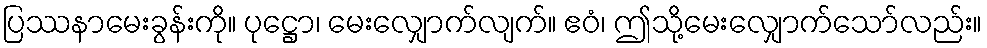
ပြဿနာမေးခွန်းကို။ ပုဋ္ဌော၊ မေးလျှောက်လျက်။ ဧဝံ၊ ဤသို့မေးလျှောက်သော်လည်း။